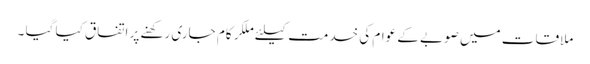
ملاقات میں صوبے کے عوام کی خدمت کیلئے ملکر کام جاری رکھنے پر اتفاق کیا گیا ۔